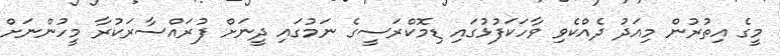
މީގެ އިތުރުން މިއަދު ދެއްކެވި ވާހަކަފުޅުގައި ޑިމޮކްރަސީގެ ނަމުގައި ދީނަށް ފުރައްސާރަކުރާ މީހުންނަށް